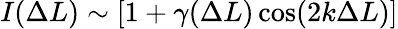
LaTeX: I(\Delta L)\sim[1+\gamma(\Delta L)\cos(2k\Delta L)]